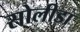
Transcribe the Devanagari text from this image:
सोलीडा